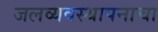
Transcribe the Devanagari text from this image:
जलव्यवस्थापनाचा